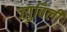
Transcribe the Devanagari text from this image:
ज्य़ुबिली